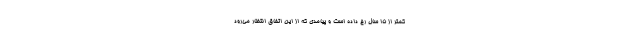
کمتر از ۱۵ سال رخ داده است و پیامدی که از این اتفاق انتظار می‌رود